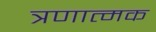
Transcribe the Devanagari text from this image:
त्रणात्मक